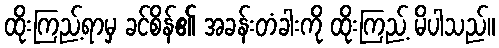
ထိုးကြည့်ရာမှ ခင်စိန်၏ အခန်းတံခါးကို ထိုးကြည့် မိပါသည်။